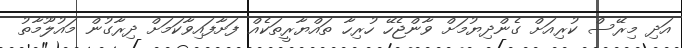
އަދި މިރޭސް ކުރިއަށް ގެންދިޔުމަށް ވާންޖެހޭ ހުރިހާ ތައްޔާރީތަކެއް ފަށާފައިވާކަމަށް ދިރާގުން މައުލޫމާތު